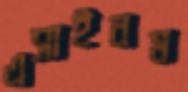
এসাইনম